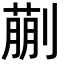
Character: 蒯